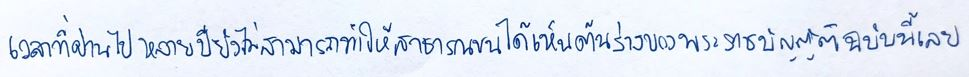
เวลาที่ผ่านไปหลายปียังไม่สามารถทำให้สาธารณชนได้เห็นต้นร่างของพระราชบัญญัติฉบับนี้เลย